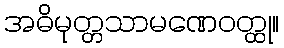
အဓိမုတ္တသာမဏေဝတ္ထု။